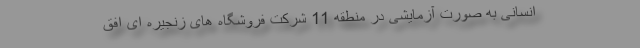
انسانی به صورت آزمایشی در منطقه 11 شرکت فروشگاه های زنجیره ای افق